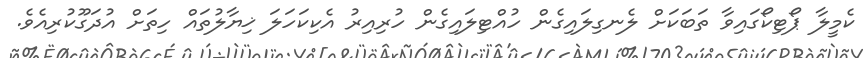
ކެމީލާ ޕޯޓިކޯގައިވާ ތަބަކަށް ލެނގިލައިގެން ހުއްޓިލައިގެން ހުރިއިރު އެކިކަހަލަ ޚިޔާލުތައް ހިތަށް އުދަގޫކުރިއެވެ.